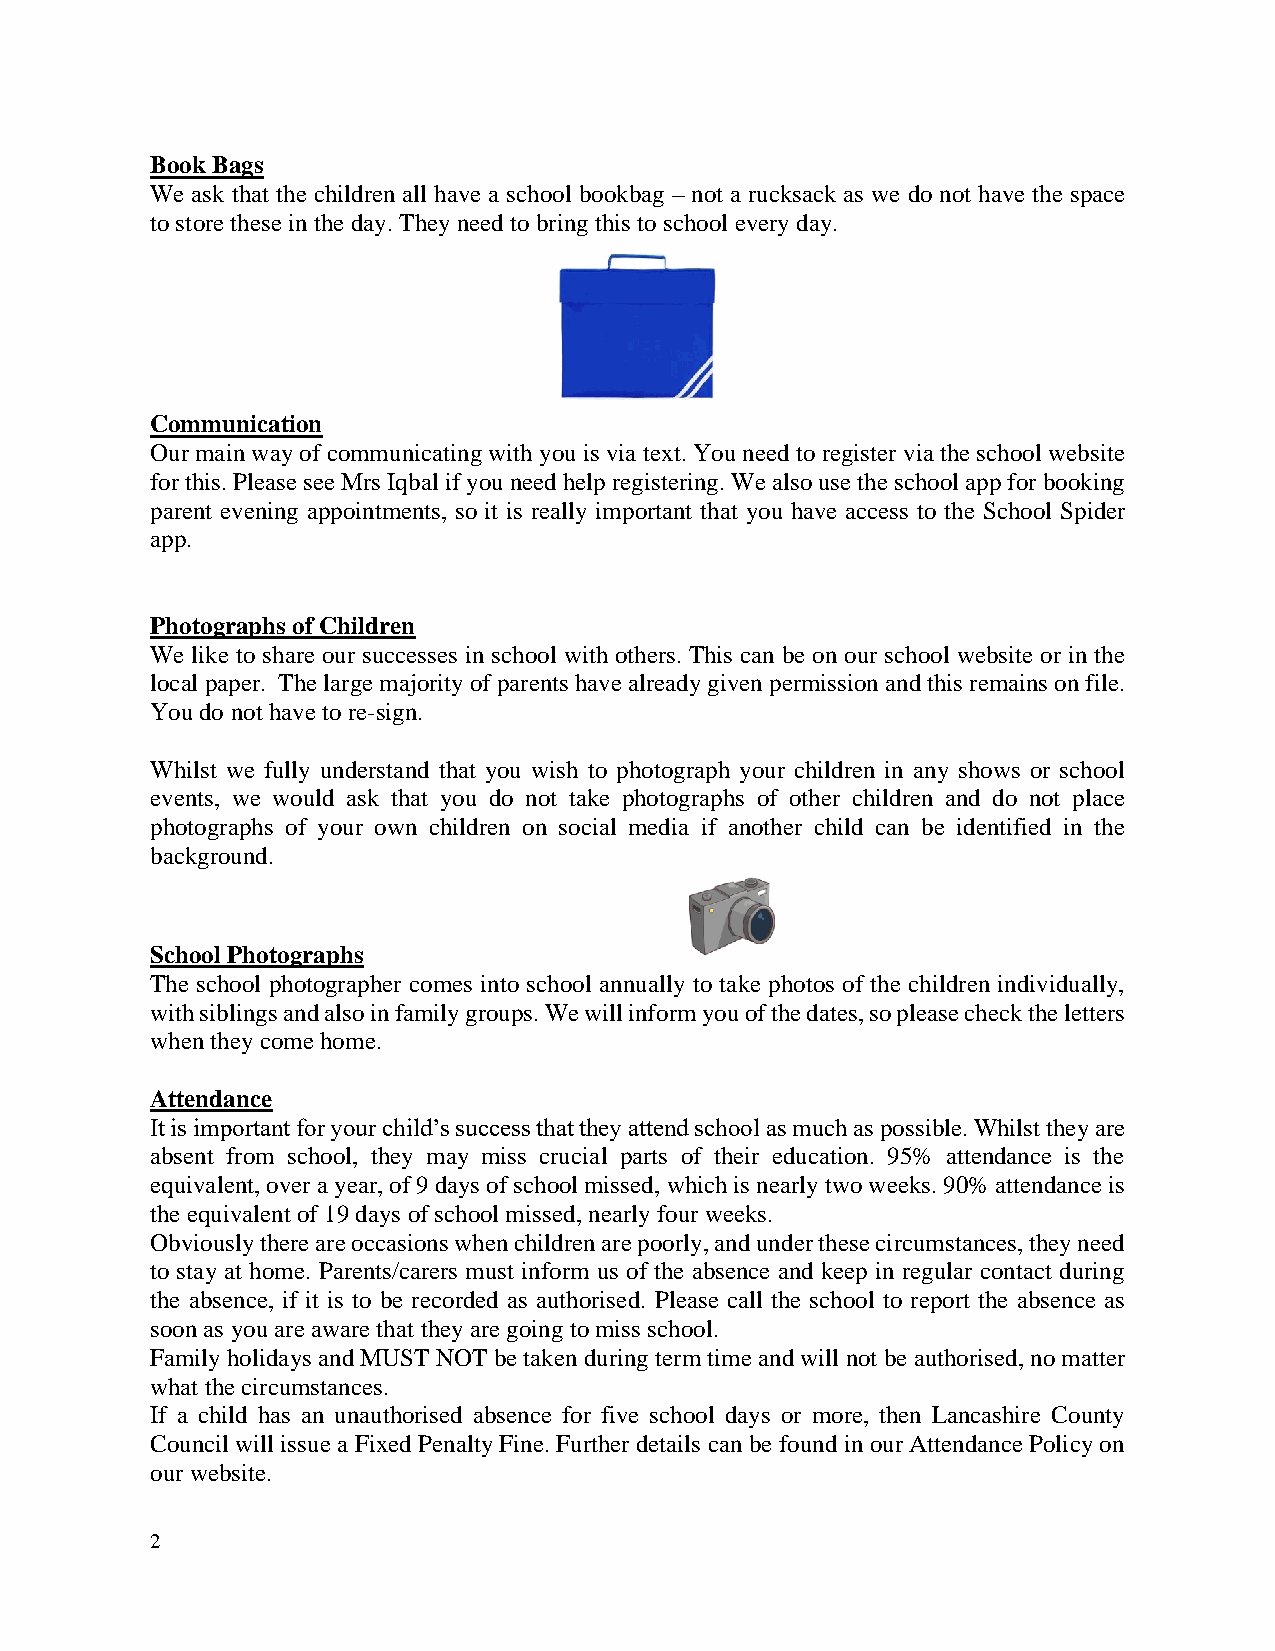
Book Bags
 We ask that the children all have a school bookbag – not a rucksack as we do not have the space
 to store these in the day. They need to bring this to school every day.
 Communication
 Our main way of communicating with you is via text. You need to register via the school website
 for this. Please see Mrs Iqbal if you need help registering. We also use the school app for booking
 parent evening appointments, so it is really important that you have access to the School Spider
 app.
 Photographs of Children
 We like to share our successes in school with others. This can be on our school website or in the
 local paper. The large majority of parents have already given permission and this remains on file.
 You do not have to re-sign.
 Whilst we fully understand that you wish to photograph your children in any shows or school
 events, we would ask that you do not take photographs of other children and do not place
 photographs of your own children on social media if another child can be identified in the
 background.
 School Photographs
 The school photographer comes into school annually to take photos of the children individually,
 with siblings and also in family groups. We will inform you of the dates, so please check the letters
 when they come home.
 Attendance
 It is important for your child’s success that they attend school as much as possible. Whilst they are
 absent from school, they may miss crucial parts of their education. 95% attendance is the
 equivalent, over a year, of 9 days of school missed, which is nearly two weeks. 90% attendance is
 the equivalent of 19 days of school missed, nearly four weeks.
 Obviously there are occasions when children are poorly, and under these circumstances, they need
 to stay at home. Parents/carers must inform us of the absence and keep in regular contact during
 the absence, if it is to be recorded as authorised. Please call the school to report the absence as
 soon as you are aware that they are going to miss school.
 Family holidays and MUST NOT be taken during term time and will not be authorised, no matter
 what the circumstances.
 If a child has an unauthorised absence for five school days or more, then Lancashire County
 Council will issue a Fixed Penalty Fine. Further details can be found in our Attendance Policy on
 our website.
 2